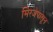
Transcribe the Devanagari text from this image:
मिरजेपासून